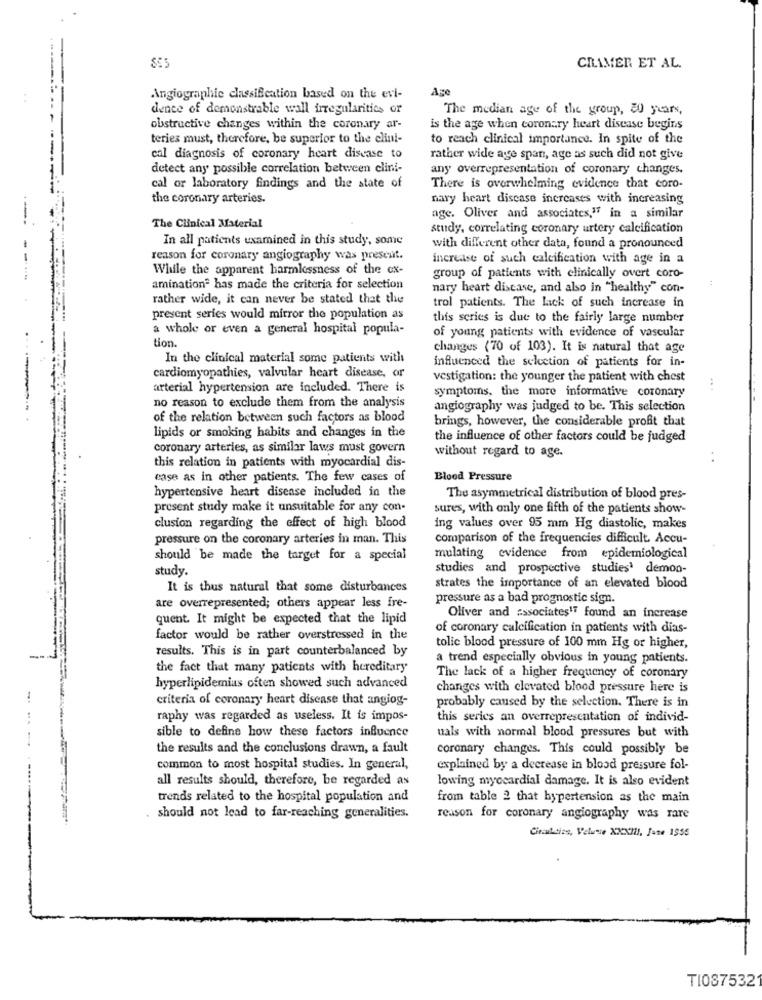
CRAMER ET AL.
Age
Angiographie classification based on the evi-
dence of demonstrable wall irregularities or
The median age of the group, 80 years,
obstructive changes within the coronary ar-
is the age when coronary heart disease begins
teries must, therefore, be superior to the clini-
to reach clinical importance. In spite of the
cal diagnosis of coronary heart disease to
rather wide age span, age as such did not give
detect any possible correlation between clini-
any overrepresentation of coronary changes.
cal or laboratory findings and the state of
There is overwhelming evidence that coro-
the coronary arteries.
nary heart disease increases with increasing
age. Oliver and associates," in a similar
The Clinical Material
study, correlating coronary artery calcification
In all patients uxamined in this study, some
with different other data, found a pronounced
reason for coronary angiography was present.
increase of such calcification with age in a
While the apparent harmlessness of the ox-
group of patients with clinically overt coro-
aminationª has made the criteria for selection
nary heart disease, and also in "healthy" con-
rather wide, it can never be stated that the
trol patients. The Lick of such increase in
present series would mirror the population as
this series is due to the fairly large number
a whole or even a general hospital popula-
of young patients with evidence of vascular
tion.
changes (70 of 103). It is natural that age
In the clinical material some patients with
influenced the selection of patients for in-
cardiomyopathies, valvular heart disease, or
vestigation: the younger the patient with chest
arterial hypertension are included. There is
symptoms, the more informative coronary
no reason to exclude them from the analysis
angiography was judged to be. This selection
of the relation between such factors as blood
brings, however, the considerable profit that
lipids or smoking habits and changes in the
the influence of other factors could be judged
coronary arteries, as similar laws must govern
without regard to age.
this relation in patients with myocardial dis-
..
case as in other patients. The few cases of
Blood Pressure
hypertensive heart disease included in the
The asymmetrical distribution of blood pres-
present study make it unsuitable for any con-
sures, with only one fifth of the patients show-
clusion regarding the effect of high blood
ing values over 95 mm Hg diastolic, makes
pressure on the coronary arteries in man. This
comparison of the frequencies difficult. Accu-
should be made the target for a special
mulating evidence from epidemiological
study.
studies and prospective studies' demon-
It is thus natural that some disturbances
strates the importance of an elevated blood
pressure as a bad prognostic sign.
are overrepresented; others appear less fre-
quent. It might be expected that the lipid
Oliver and associates" found an increase
of coronary calcification in patients with dias-
factor would be rather overstressed in the
results. This is in part counterbalanced by
tolic blood pressure of 100 mm Hg or higher,
a trend especially obvious in young patients.
the fact that many patients with hereditary
The lack of a higher frequency of coronary
hyperlipidemias often showed such advanced
changes with elevated blood pressure here is
criteria of coronary heart disease that angiog-
probably caused by the selection. There is in
raphy was regarded as useless. It is impos-
this series an overrepresentation of individ-
sible to define how these factors influence
uals with normal blood pressures but with
the results and the conclusions drawn, a fault
coronary changes. This could possibly be
common to most hospital studies. In general,
explained by a decrease in blood pressure fol-
all results should, therefore, be regarded as
lowing myocardial damage. It is also evident
trends related to the hospital population and
from table 2 that hypertension as the main
should not lead to far-reaching generalities.
reason for coronary angiography was rare
Cinaddies, Veluwse XXXIII, Jane 1955
TI087532